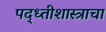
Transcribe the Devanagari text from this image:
पद्ध्तीशास्त्राचा